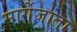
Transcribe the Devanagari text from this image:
मार्गेजाता